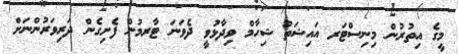
މީގެ އިތުރުން މިނިސްޓަރ އައިޝަތު ޝިހާމް ވިދާޅުވީ ދެވަނަ ޓާރމުން ފެށިގެން ދަރިވަރުންނަށް